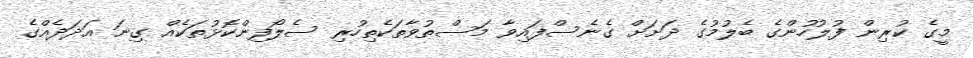
މީގެ ކުރިން ފުލުހުންގެ ބެލުމުގެ ދަށަށް ގެނެސްފައިވާ މަސްތުވާތަކެތިހުރި ސެލޯފިންކޮޅުތަކެއް ގިނަ އަދަދެއްގެ